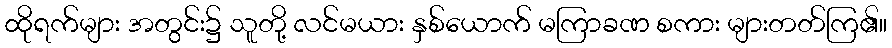
ထိုရက်များ အတွင်း၌ သူတို့ လင်မယား နှစ်ယောက် မကြာခဏ စကား များတတ်ကြ၏။